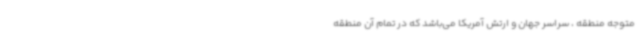
متوجه منطقه ، سراسر جهان و ارتش آمریکا می‌باشد که در تمام آن منطقه